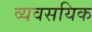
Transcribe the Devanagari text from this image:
व्यवसयिक